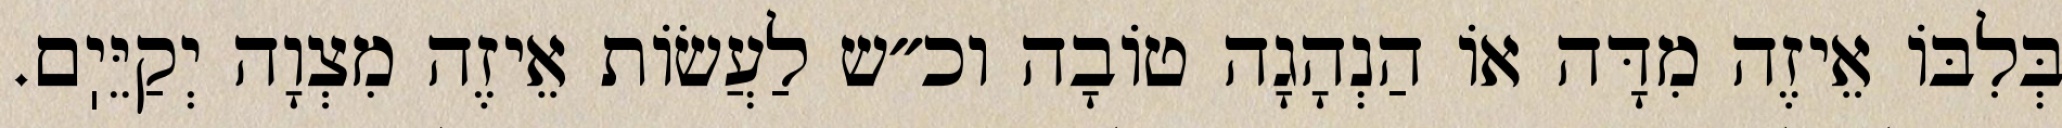
בְּלִבּוֹ אֵיזֶה מִדָּה אוֹ הַנְהָגָה טוֹבָה וכ״ש לַעֲשׂוֹת אֵיזֶה מִצְוָה יְקַיֵּיֽם.